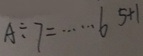
A \div 7 = \cdots 6 5 + 1